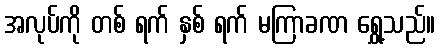
အလုပ်ကို တစ် ရက် နှစ် ရက် မကြာခဏ ရွှေ့သည်။